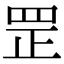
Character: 罡